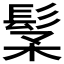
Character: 𩬽